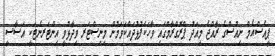
ޕީއެސްއެމް ނިއުސްގެ ރާއްޖެ މިއަދު ޕްރޮގްރާމްގައި ވާހަކަފުޅުދައްކަވަމުން މިނިސްޓަރ ވިދާޅުވީ އިންޓަރނެޓަކީ އަސާސީ